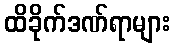
ထိခိုက်ဒဏ်ရာများ